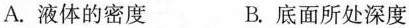
A.液体的密度 B.底面所处深度